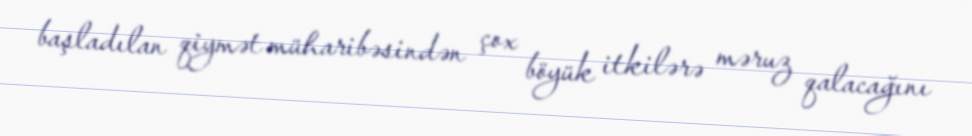
başladılan qiymət müharibəsindən çox böyük itkilərə məruz qalacağını